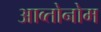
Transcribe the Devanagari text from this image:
आव्तोनोम